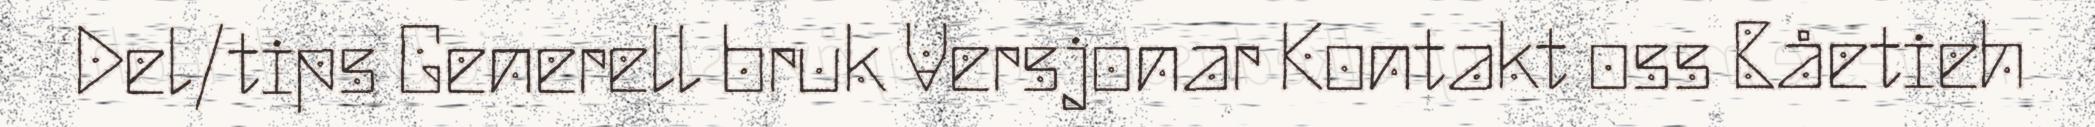
Del/tips Generell bruk Versjonar Kontakt oss Båetieh